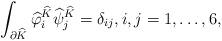
LaTeX: \begin{align*}\int_{\partial\widehat{K}}\widehat{\varphi}_i^{\widehat{K}}\widehat{\psi}_j^{\widehat{K}}=\delta_{ij},i,j=1,\ldots,6,\end{align*}